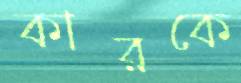
কারকে